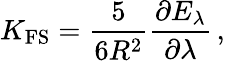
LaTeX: K_{\mathrm{FS}}=\frac{5}{6R^{2}}\frac{\partial E_{\lambda}}{\partial\lambda}\, ,